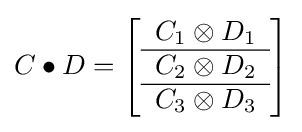
{C}\bullet {D}=\left[{\begin{array}{c }{C}_{1}\otimes {D}_{1}\\\hline {C}_{2}\otimes {D}_{2}\\\hline {C}_{3}\otimes {D}_{3}\\\end{array}}\right]